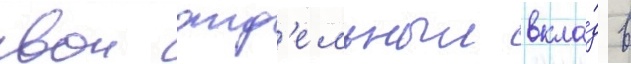
свои отд'ельныи вкла́д в